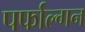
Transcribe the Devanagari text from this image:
पर्फाल्गन